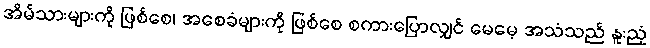
အိမ်သားများကို ဖြစ်စေ၊ အစေခံများကို ဖြစ်စေ စကားပြောလျှင် မေမေ့ အသံသည် နူးညံ့